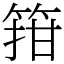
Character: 箝